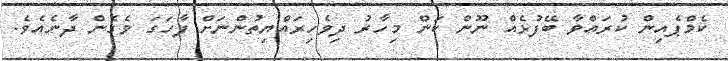
ކެމްޕެއިން ކުރައްވާ ބޭފުޅެއް ނޫން ކަން މިހާރު ދިވެހިރައްޔިތުންނަށް ފާހަގަ ވެގެން ދާނެއެވެ.